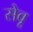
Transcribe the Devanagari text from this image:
सेवू